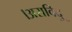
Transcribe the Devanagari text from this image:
।अराविदु